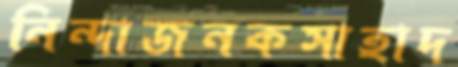
নিন্দাজনকসাহাদ